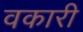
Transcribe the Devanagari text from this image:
वकारी